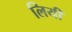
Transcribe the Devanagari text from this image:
लियी